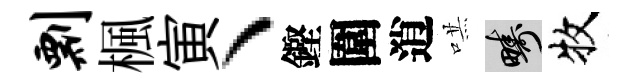
剽楓寅丶鏗圍逍哄疇牧